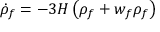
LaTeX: { \dot { \rho } } _ { f } = - 3 H \left( \rho _ { f } + w _ { f } \rho _ { f } \right)